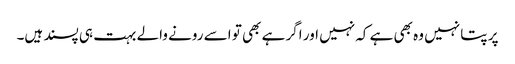
پر پتا نہیں وہ بھی ہے کہ نہیں اور اگر ہے بھی تو اسے رونے والے بہت ہی پسند ہیں۔